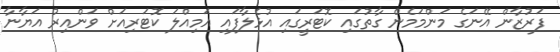
ފަރުޒާން އޭނަގެ މަންމަމެން ގާތުގައި ކޮޓަރީގައި އުޅެލާފައި އަމިއްލަ ކޮޓަރިއަށް ވަންއިރު އަޔާނާ